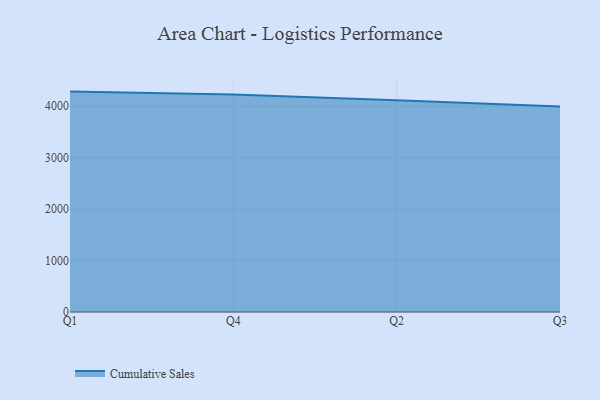
{"axis": {"x": "Quarter", "y": "Budget (USD K)"}, "legend": ["Cumulative Sales"], "data": [{"x": "Q1", "y": 4285.3, "type": "Cumulative Sales"}, {"x": "Q4", "y": 4226.9, "type": "Cumulative Sales"}, {"x": "Q2", "y": 4117.7, "type": "Cumulative Sales"}, {"x": "Q3", "y": 3995.6, "type": "Cumulative Sales"}]}